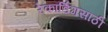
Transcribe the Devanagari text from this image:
रेकॉर्डिंगसाठी